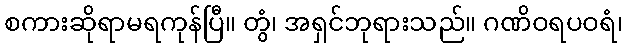
စကားဆိုရာမရကုန်ပြီ။ တွံ၊ အရှင်ဘုရားသည်။ ဂဏိဝရပဝရံ၊